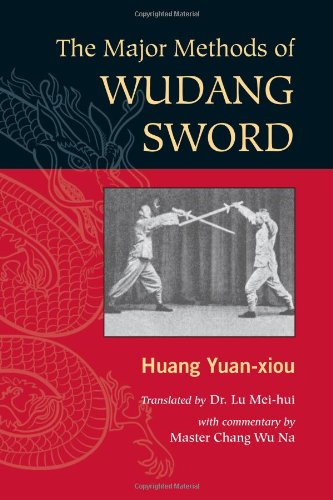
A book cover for The Major Methods of Wudang Sword; Huang Yuan Xiou; Sports & Outdoors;